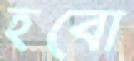
হবো